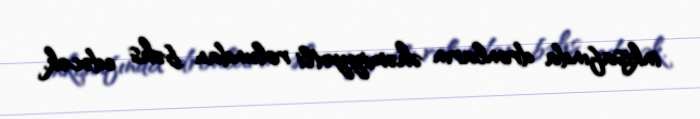
inkişafında dronların əhəmiyyətli rolundan bəhs edəcək.